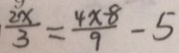
\frac { 2 x } { 3 } = \frac { 4 x - 8 } { 9 } - 5